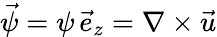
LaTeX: {\vec{\psi}=\psi\, \vec{e}_{z}=\nabla\times\vec{u}}